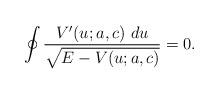
LaTeX: \begin{align*}\oint\frac{V'(u;a,c)~du}{\sqrt{E-V(u;a,c)}}=0.\end{align*}